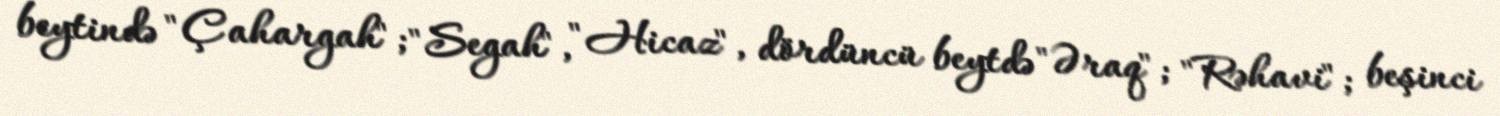
beytində "Çahargah"; "Segah", "Hicaz", dördüncü beytdə "Əraq"; "Rəhavi"; beşinci